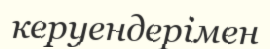
керуендерімен